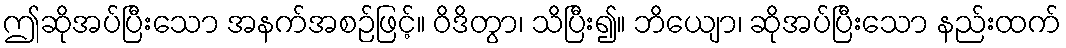
ဤဆိုအပ်ပြီးသော အနက်အစဉ်ဖြင့်။ ဝိဒိတွာ၊ သိပြီး၍။ ဘိယျော၊ ဆိုအပ်ပြီးသော နည်းထက်